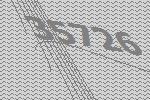
35726